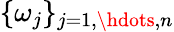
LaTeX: \{ \omega_{j}\} _{j=1,\hdots,n}